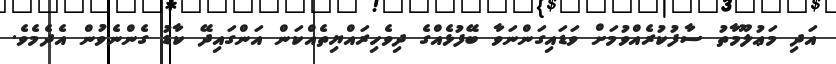
އަދި މަޢުލޫމާތު ސާފުކުރެއްވުމަށް ވަޑައިގަންނަވާ ބޭފުޅެއްގެ ދިވެހިރައްޔިތެއްކަން އަންގައިދޭ ކާޑު ގެންނެވުން އެދެމެވެ.